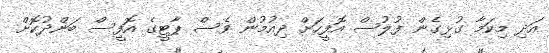
އަދި މިކަމާ ގުޅިގެން ފުލުސް އޮފީހަށް ދިއުމުން ވެސް ޕާޓީގެ އޮފީސް ބަންދުކޮށް